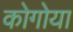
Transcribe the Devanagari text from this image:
कोगोया